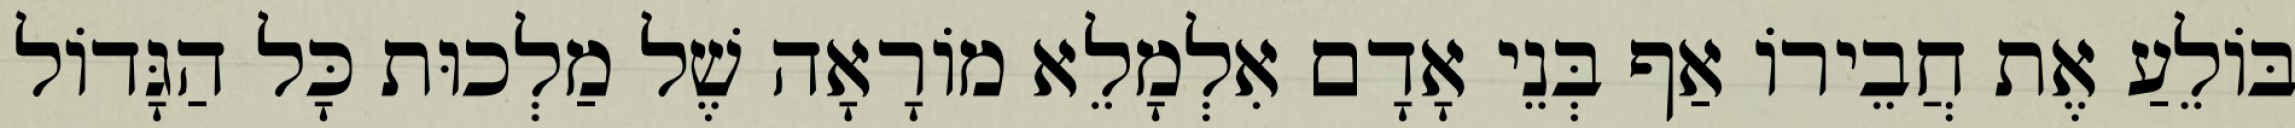
בּוֹלֵעַ אֶת חֲבֵירוֹ אַף בְּנֵי אָדָם אִלְמָלֵא מוֹרָאָה שֶׁל מַלְכוּת כָּל הַגָּדוֹל